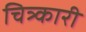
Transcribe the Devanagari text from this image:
चित्र्कारी